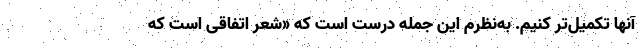
آنها تکمیل‌تر کنیم. به‌نظرم این جمله درست است که «شعر اتفاقی است که